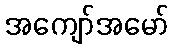
အကျော်အမော်